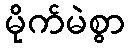
မိုက်မဲစွာ